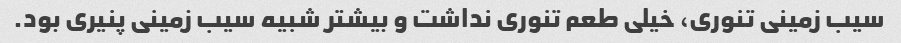
سیب زمینی تنوری، خیلی طعم تنوری نداشت و بیشتر شبیه سیب زمینی پنیری بود.